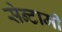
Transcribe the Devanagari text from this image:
सेन्टामी